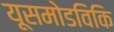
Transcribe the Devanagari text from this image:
यूसमोडविकि